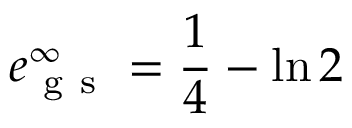
e _ { \mathrm { ~ g ~ s ~ } } ^ { \infty } = \frac { 1 } { 4 } - \ln { 2 }